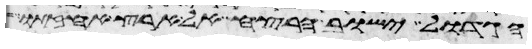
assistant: הגדול ישוב הרצח אל ארץ אחזתו